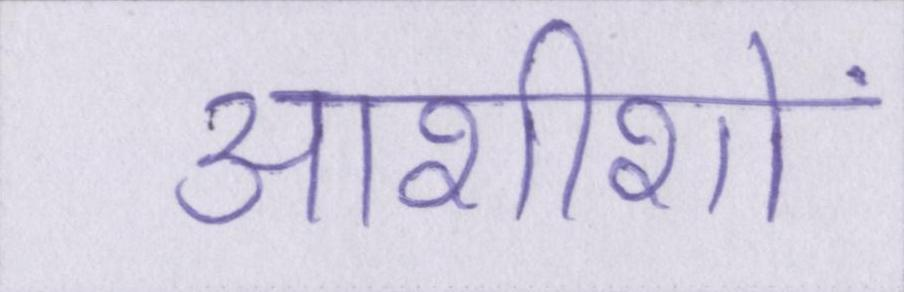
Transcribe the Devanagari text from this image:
आशीशों